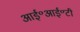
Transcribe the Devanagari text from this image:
आई॰आई॰टी